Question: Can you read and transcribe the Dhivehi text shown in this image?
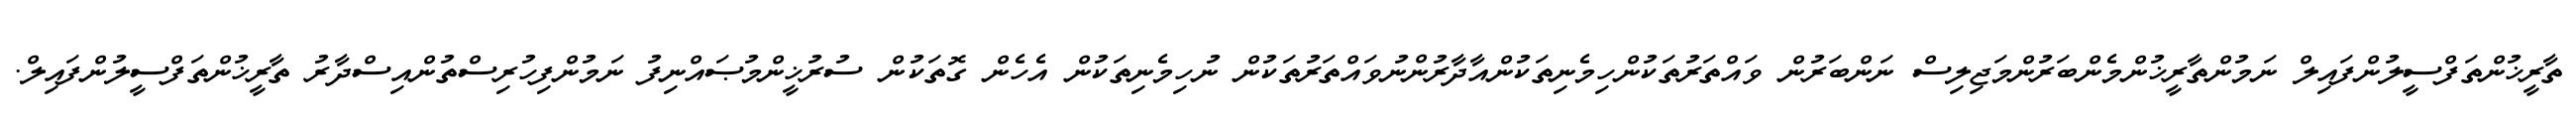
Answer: ތާރީޚުންތަފްސީލުންފައިލް ނަމުންތާރީޚުންމެންބަރުންމަޖިލިސް ނަންބަރުން ވައްތަރުތަކުންހިމެނިތަކުންއާދާރުންނުވައްތަރުތަކުން ނުހިމެނިތަކުން އެހެން ގޮތަކުން ސުރުޚީންމުޞައްނިފު ނަމުންފިހުރިސްތުންއިސްދާރު ތާރީޚުންތަފްސީލުންފައިލް.